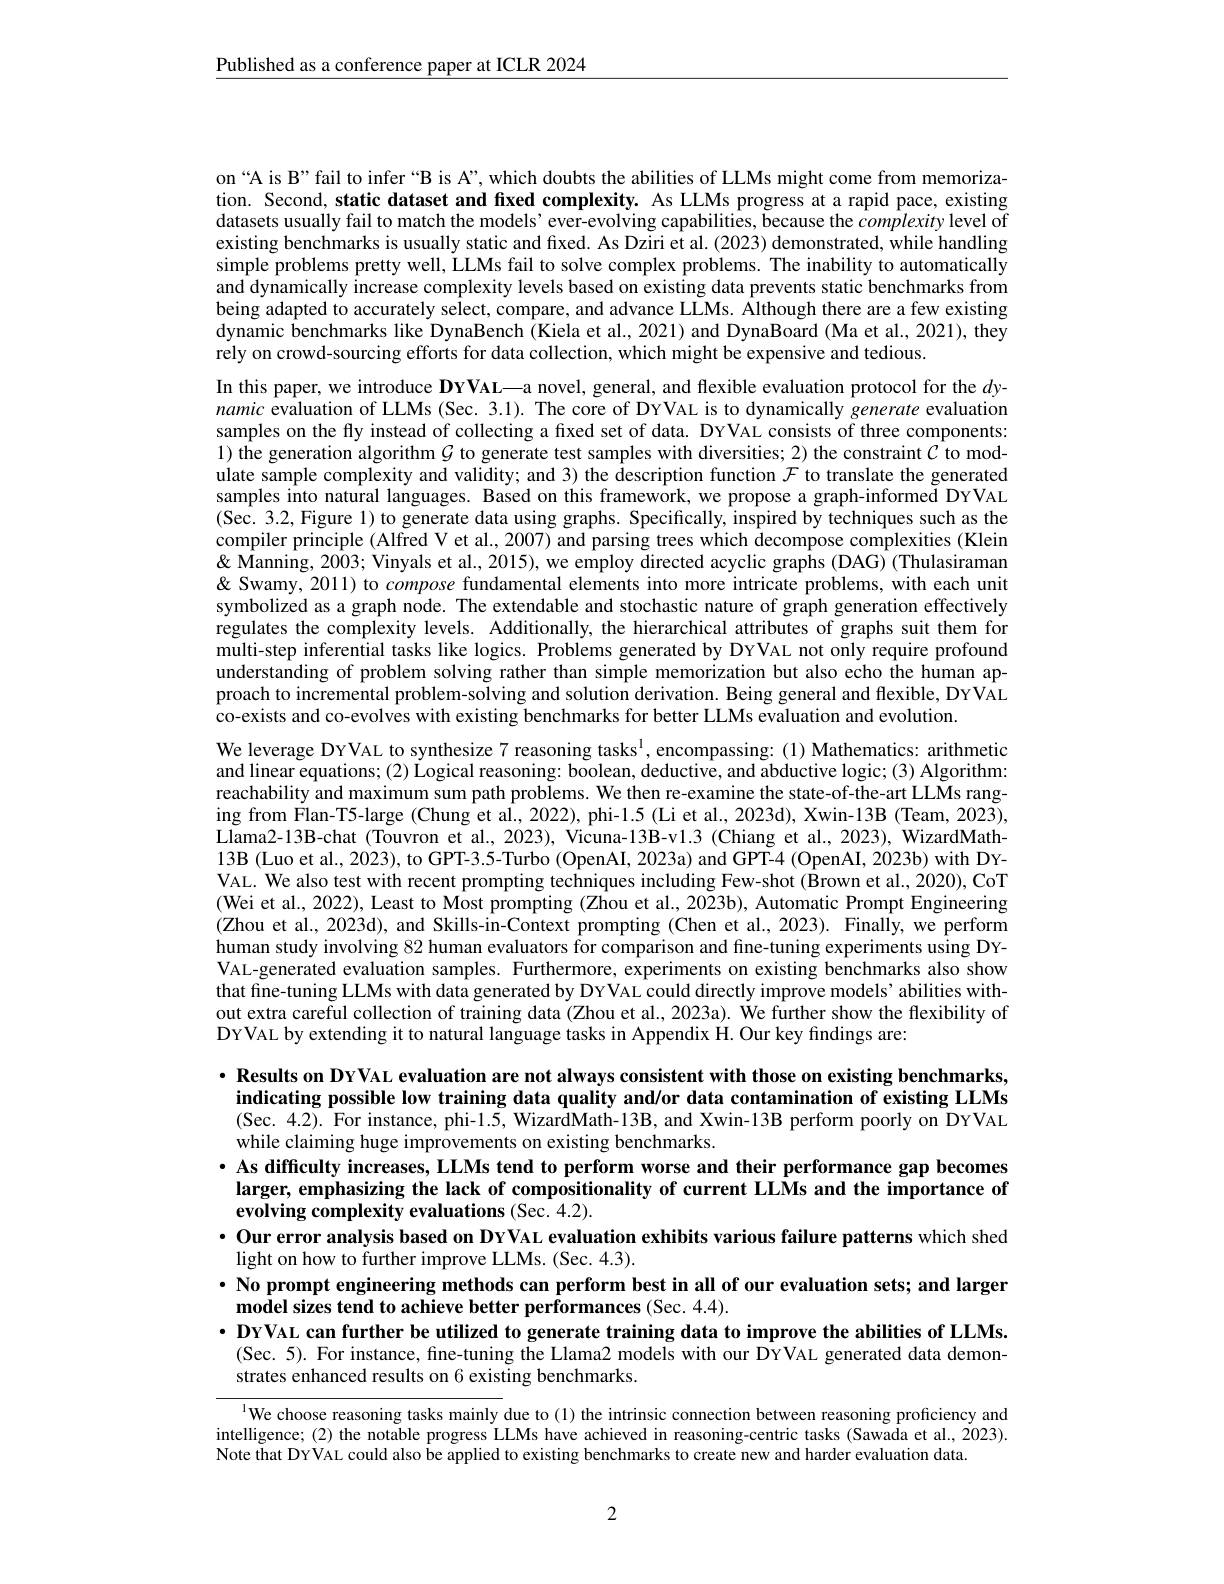
$\underline{\text{Published as a conference paper at ICLR 2024}}$

on“A is B”fail to infer“B is A”, which doubts the abilities of LLMs might come from memorization. Second, static dataset and fxed complexity. As LLMs progress at a rapid pace, existing datasets usually fail to match the models' ever-evolving capabilities, because the $\hat{complexity}$ level of existing benchmarks is usually static and fixed. As Dziri et al. (2023) demonstrated, while handling simple problems pretty well, LLMs fail to solve complex problems. The inability to automatically and dynamically increase complexity levels based on existing data prevents static benchmarks from being adapted to accurately select, compare, and advance LLMs. Although there are a few existing dynamic benchmarks like DynaBench (Kiela et al., 2021) and DynaBoard (Ma et al., 2021), they rely on crowd-sourcing efforts for data collection, which might be expensive and tedious.

In this paper, we introduce DYVAL—a novel, general, and flexible evaluation protocol for the $dy$- namic evaluation of LLMs (Sec. 3.1). The core of DYVAL is to dynamically generate evaluation samples on the fly instead of collecting a fixed set of data. DYVAL consists of three components: 1) the generation algorithm $\mathcal{G}$ to generate test samples with diversities; 2) the constraint $\mathcal{C}$ to modulate sample complexity and validity; and 3) the description function $\mathcal{F}$ to translate the generated samples into natural languages. Based on this framework, we propose a graph-informeđ DYVAL (Sec. 3.2, Figure 1) to generate data using graphs. Specifically, inspired by techniques such as the compiler principle (Alfred V et al., 2007) and parsing trees which decompose complexities (Klein & & Q Thulasiraman $(x_{1},y_{2},y_{2},y_{2}$, Vinyals et al., 2015), we employ directed acyclic graphs (DAG) (Thulasiraman & 'each unit restericate problems, with each unit $\&$ Swamy, 2011) to compose fundamental elements into more intricate problems, with each unit symbolized as a graph node. The extendable and stochastic nature of graph generation effectively regulates the complexity levels. Additionally, the hierarchical attributes of graphs suit them for multi-step inferential tasks like logics. Problems generated by DYVAL not only require profound understanding of problem solving rather than simple memorization but also echo the human approach to incremental problem-solving and solution derivation. Being general and ffexible, DYVAL co-exists and co-evolves with existing benchmarks for better LLMs evaluation and evolution.
We leverage DYVAL to synthesize 7 reasoning tasks$^{1}$, encompassing:(1) Mathematics: arithmetic and linear equations; (2) Logical reasoning: boolean, deductive, and abductive logic; (3) Algorithm: reachability and maximum sum path problems. We then re-examine the state-of-the-art LLMs ranging from Flan-T5-large (Chung et al., 2022), phi-1.5 (Li et al., 2023d), Xwin-13B (Team, 2023), Llama2-13B-chat (Touvron et al., 2023), Vicuna-13B-v1.3 (Chiang et al., 2023), WizardMath- $13\mathbf{B}$ (Luo et al., 2023), to GPT-3.5-Turbo (OpenAI, 2023a) and GPT-4 (OpenAI, 2023b) with DYVAL. We also test with recent prompting techniques including Few-shot (Brown et al., 2020), CoT (Wei et al., 2022), Least to Most prompting (Zhou et al., 2023b), Automatic Prompt Engineering (Zhou et al., 2023d), and Skills-in-Context prompting (Chen et al., 2023). Finally, we perform human study involving 82 human evaluators for comparison and fine-tuning experiments using DYVAL-generated evaluation samples. Furthermore, experiments on existing benchmarks also show

that fine-tuning LLMs with data generated by DYVAL could directly improve models’ abilities without extra careful collection of training data (Zhou et al., 2023a). We further show the flexibility of DYVAL by extending it to natural language tasks in Appendix H. Our key findings are:

$\cdot \textbf{ Results on DYVAL evaluation are not always consistent with those on existing benchmarks, }$ indicating possible low training data quality and/or data contamination of existing LLMs (Sec. 4.2). For instance, phi-1.5, WizardMath-13B, and Xwin-13B perform poorly on DYVAL while claiming huge improvements on existing benchmarks.
$\bullet$ As difficulty increases, LLMs tend to perform worse and their performance gap becomes
larger, emphasizing the lack of compositionality of current LLMs and the importance of
evolving complexity evaluations (Sec. 4.2).
$\cdot$ Our error analysis based on DYVAL evaluation exhibits various failure patterns which shed
light on how to further improve LLMs. (Sec. 4.3).
$\cdot$ No prompt engineering methods can perform best in all of our evaluation sets; and larger
model sizes tend to achieve better performances (Sec. 4.4).
$•$ DYVAL can further be utilized to generate training data to improve the abilities of LLMs.
(Sec. 5). For instance, fine-tuning the Llama2 models with our DYVAL generated data demon-
strates enhanced results on 6 existing benchmarks.

l We choose reasoning tasks mainly due to (1) the intrinsic connection between reasoning proficiency and intelligence; ( 2) the notable progress LLMs have achieved in reasoning- centric tasks ( Sawada et al. , 2023) . Note that DYVAL could also be applied to existing benchmarks to create new and harder evaluation data.

2